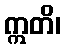
ဣတိ၊